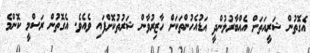
އެގޮތުން ޝަރީއަތަށް އެއްބާރުލުންދީ އަޑުއެހުންތަކަށް ހާޒިރުވާން ޝަރުތުކޮށްފައި ވެއެވެ. އެގޮތުން ރަސްމީ ކޮންމެ